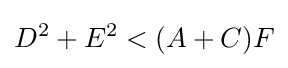
D^{2}+E^{2}<(A+C)F